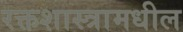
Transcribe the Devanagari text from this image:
रक्तशास्त्रामधील